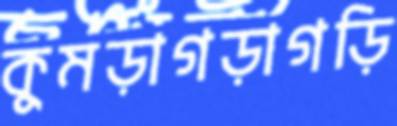
কুমড়াগড়াগড়ি